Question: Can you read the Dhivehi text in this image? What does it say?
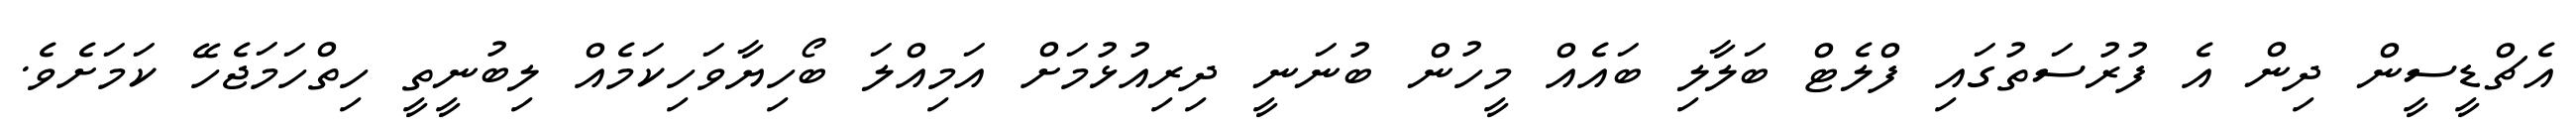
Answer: އެޗްޑީސީން ދިން އެ ފުރުސަތުގައި ފްލެޓް ބަލާލި ބައެއް މީހުން ބުނަނީ ދިރިއުޅުމަށް އަމިއްލަ ބޯހިޔާވަހިކަމެއް ލިބުނީތީ ހިތްހަމަޖެހޭ ކަމަށެވެ.